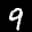
Label: 9